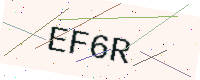
Text: EF6R